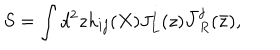
S = \int d ^ { 2 } z h _ { i j } ( X ) J _ { L } ^ { i } ( z ) { \bar { J } } _ { R } ^ { j } ( { \bar { z } } ) ,